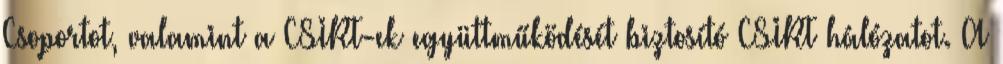
Csoportot, valamint a CSIRT-ek együttműködését biztosító CSIRT hálózatot. A